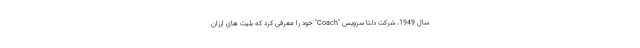
سال 1949، شرکت دلتا سرویس "Coach" خود را معرفی کرد که بلیت های ارزان